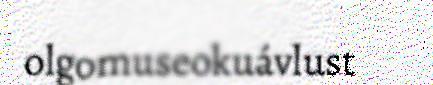
olgomuseokuávlust